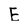
Character: E